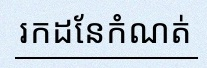
រកដែនកំណត់